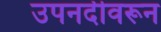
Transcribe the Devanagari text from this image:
उपनदीवरून